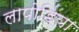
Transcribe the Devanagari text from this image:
लापोड़िया